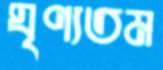
ঘৃণ্যতম